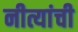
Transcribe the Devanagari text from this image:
नीत्यांची